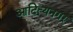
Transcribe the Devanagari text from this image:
आदित्यनगर